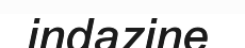
indazine